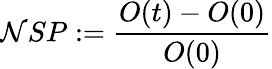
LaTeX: \mathcal{N}SP:=\frac{{O(t)-O(0)}}{{O(0)}}